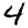
Digit: 4